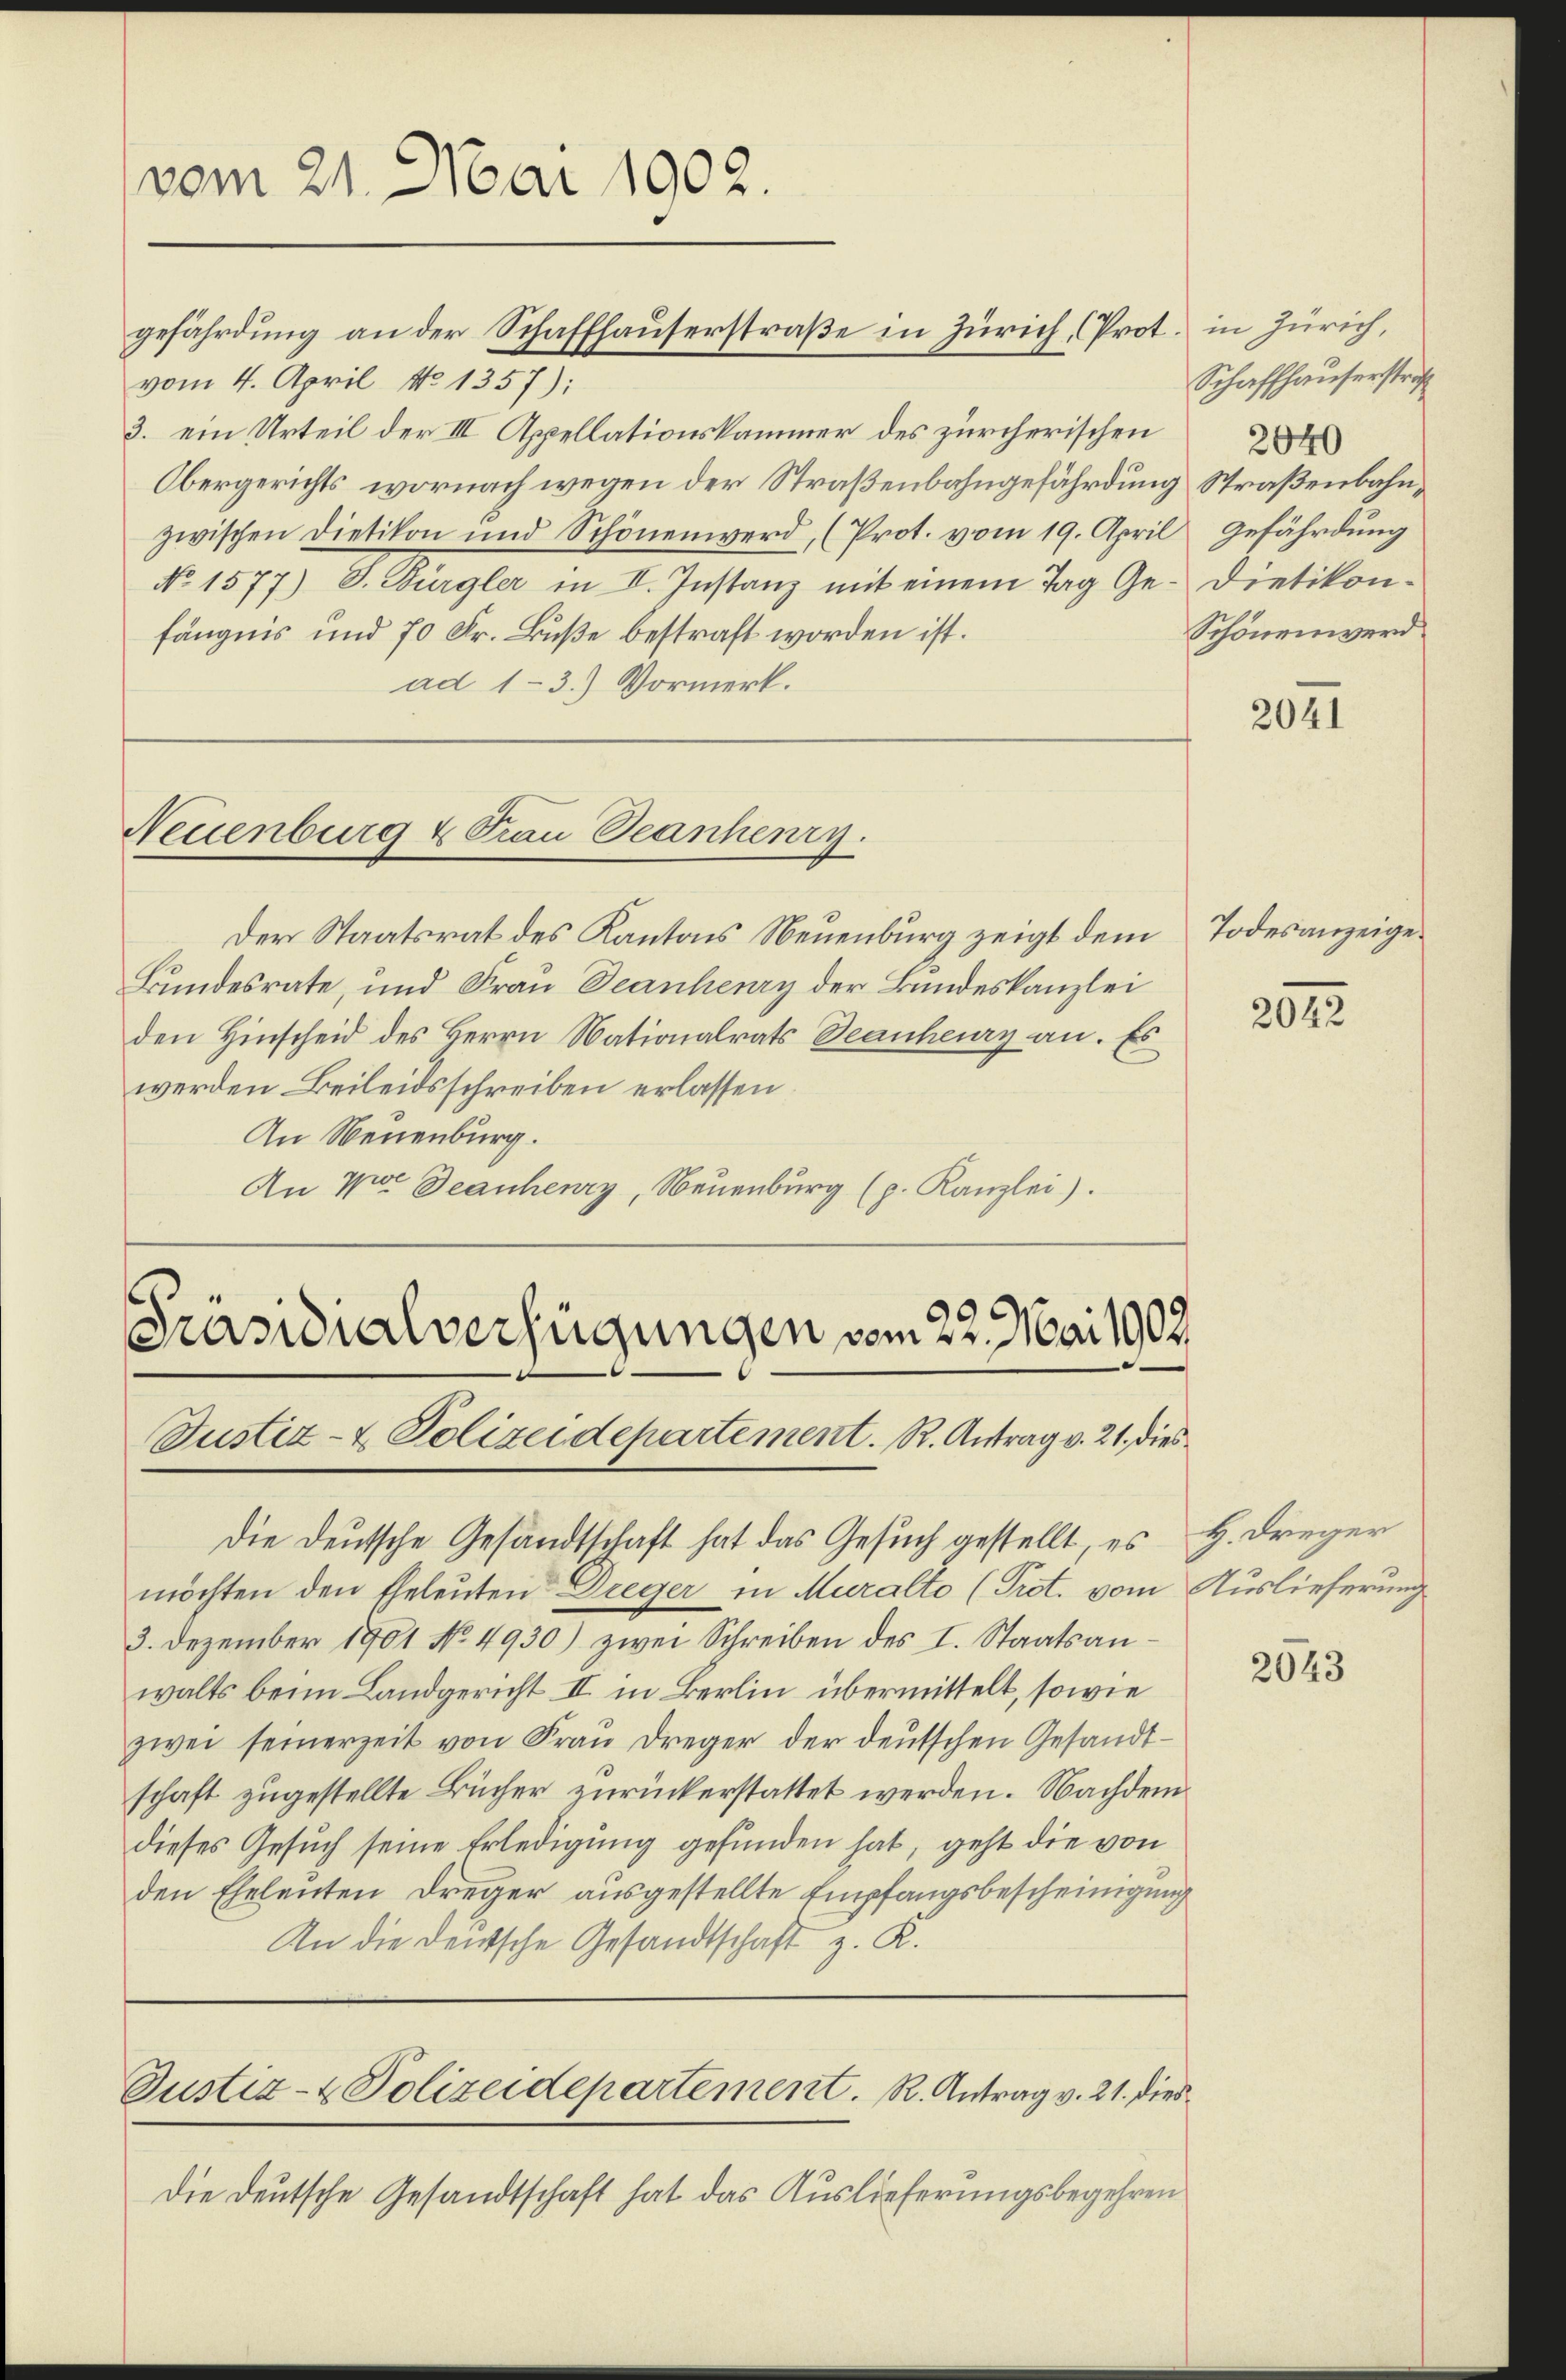
vom 21. Mai 1902.

vom 4. April No 1357):
3. ein Urteil der III Appellationskammer des zürcherischen
Obergerichts, wornach wegen der Straßenbahngefährdung Straßenbahnzwischen Dietikon und Schönenwerd, (Prot. vom 19. April Gefährdŭng
No 1577) S. Bürgler in II. Instanz mit einem Tag Ge- Dietikon-
fängnis und 70 Fr. Buße bestraft worden ist.
ad 1-3.) Vormerk.

Der Staatsrat des Kantons Neuenburg zeigt dem
Bundesrate, und Frau Deanheury der Bundeskanzlei
den Hinscheid des Herrn Nationalrats Deanheury an. Es
werden Beileidsschreiben erlassen.
An Neuenburg.
An vor Deanherry, Neuenburg (p. Kanzlei).

Die deutsche Gesandtschaft hat das Gesuch gestellt, es H. Dreyer
möchten den Eheleuten Dreger in Muralto (Prot. vom Auslieferung
3. Dezember 1901 No 4930) zwei Schreiben des I. Staatsanwalts beim Landgericht II. in Berlin übermittelt, sowie
zwei seinerzeit von Frau Dreger der deutschen Gesandtschaft zugestellte Bücher zurückerstattet werden. Nachdem
dieses Gesuch seine Erledigung gefunden hat, geht die von
den Eheleuten dreger ausgestellte Empfangsbescheinigung
An die deutsche Gesandtschaft z. K.

gefährdung an der Schaffhauserstraße in Zürich, (Prot. in Zürich,

Neuenburg & Frau Deanheury.

Präsidialverfügungen vom 22. Mai 1907.
Justiz- & Polizeidepartement. R. Antrag v. 21. dies

Justiz- & Polizeidepartement. R. Antrag v. 21. dies

Schaffhauserstraf
Schönenwerd

Die deutsche Gesandtschaft hat das Auslieferungsbegehren

Todesanzeige

2041

2012

2043